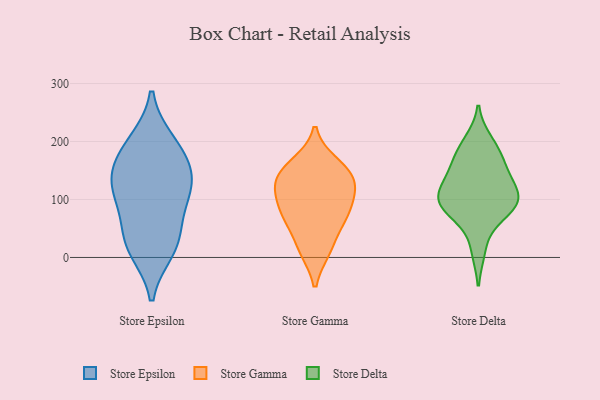
{"axis": {"x": "Customer Acquisition Cost (USD)", "y": "Value"}, "legend": ["Store Delta", "Store Epsilon", "Store Gamma"], "data": [{"x": "", "y": 120, "type": "Store Epsilon"}, {"x": "", "y": 198, "type": "Store Epsilon"}, {"x": "", "y": 36, "type": "Store Epsilon"}, {"x": "", "y": 14, "type": "Store Epsilon"}, {"x": "", "y": 155, "type": "Store Epsilon"}, {"x": "", "y": 93, "type": "Store Epsilon"}, {"x": "", "y": 143, "type": "Store Epsilon"}, {"x": "", "y": 114, "type": "Store Epsilon"}, {"x": "", "y": 188, "type": "Store Epsilon"}, {"x": "", "y": 26, "type": "Store Epsilon"}, {"x": "", "y": 128, "type": "Store Gamma"}, {"x": "", "y": 111, "type": "Store Gamma"}, {"x": "", "y": 79, "type": "Store Gamma"}, {"x": "", "y": 58, "type": "Store Gamma"}, {"x": "", "y": 153, "type": "Store Gamma"}, {"x": "", "y": 148, "type": "Store Gamma"}, {"x": "", "y": 80, "type": "Store Gamma"}, {"x": "", "y": 162, "type": "Store Gamma"}, {"x": "", "y": 13, "type": "Store Gamma"}, {"x": "", "y": 69, "type": "Store Gamma"}, {"x": "", "y": 131, "type": "Store Gamma"}, {"x": "", "y": 13, "type": "Store Gamma"}, {"x": "", "y": 113, "type": "Store Gamma"}, {"x": "", "y": 13, "type": "Store Delta"}, {"x": "", "y": 97, "type": "Store Delta"}, {"x": "", "y": 113, "type": "Store Delta"}, {"x": "", "y": 200, "type": "Store Delta"}, {"x": "", "y": 73, "type": "Store Delta"}, {"x": "", "y": 184, "type": "Store Delta"}, {"x": "", "y": 136, "type": "Store Delta"}, {"x": "", "y": 93, "type": "Store Delta"}, {"x": "", "y": 95, "type": "Store Delta"}, {"x": "", "y": 167, "type": "Store Delta"}, {"x": "", "y": 117, "type": "Store Delta"}, {"x": "", "y": 152, "type": "Store Delta"}, {"x": "", "y": 82, "type": "Store Delta"}]}